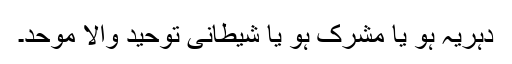
دہریہ ہو یا مشرک ہو یا شیطانی توحید والا موحّد۔